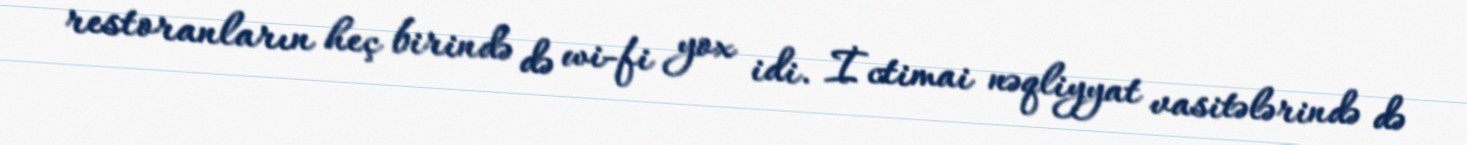
restoranların heç birində də wi-fi yox idi. İctimai nəqliyyat vasitələrində də